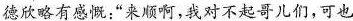
德欣略有感慨:“来顺啊，我对不起哥儿们，可也